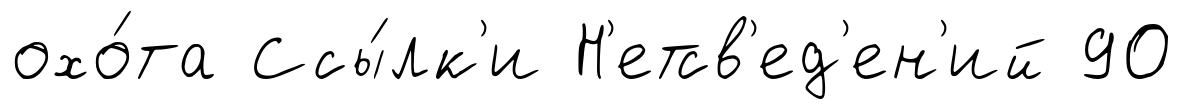
охо́та Ссы́лк'и Н'етсв'ед'ен'ий 90